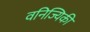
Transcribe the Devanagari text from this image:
वनिज्यिकी